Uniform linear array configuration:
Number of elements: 8
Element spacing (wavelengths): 0.25
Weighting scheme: exponential
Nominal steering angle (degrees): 0
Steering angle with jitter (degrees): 0.2441
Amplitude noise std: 0.05
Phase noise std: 0.05

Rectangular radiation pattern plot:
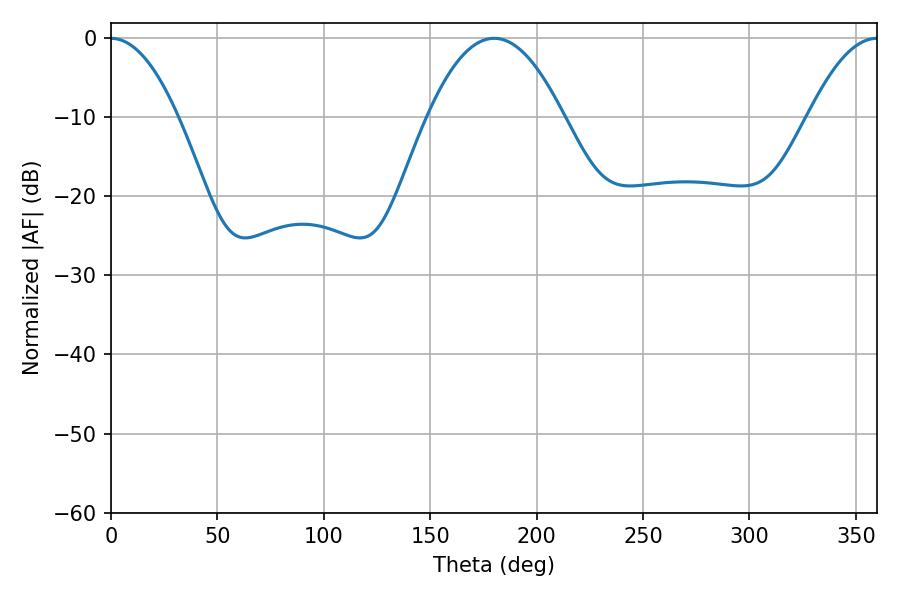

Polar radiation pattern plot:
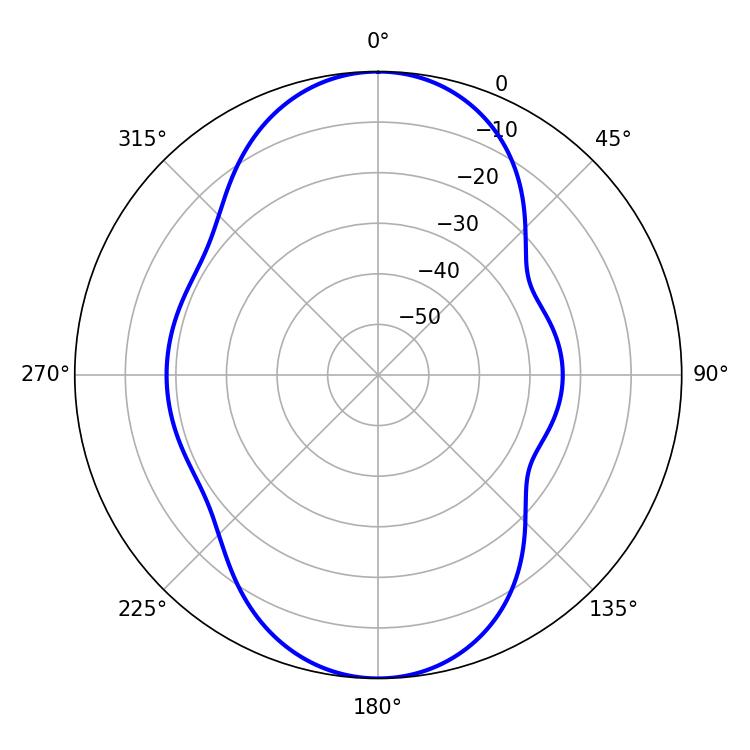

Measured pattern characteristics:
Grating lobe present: FALSE
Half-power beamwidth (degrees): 17.28
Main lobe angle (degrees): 0